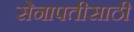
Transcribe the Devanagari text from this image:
सेनापतीसाठी